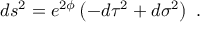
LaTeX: d s ^ { 2 } = e ^ { 2 \phi } \left( - d \tau ^ { 2 } + d \sigma ^ { 2 } \right) \ .